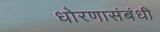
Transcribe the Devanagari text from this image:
धोरणासंबंधी